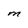
Character: M